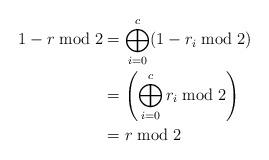
LaTeX: \begin{align*}1-r \bmod 2 &= \bigoplus_{i=0}^c (1-r_i \bmod 2)\\&= \left(\bigoplus_{i=0}^c r_i \bmod 2\right)\\&= r\bmod 2 \end{align*}